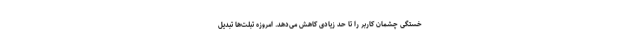
خستگی چشمان کاربر را تا حد زیادی کاهش می‌دهد. امروزه تبلت‌ها تبدیل